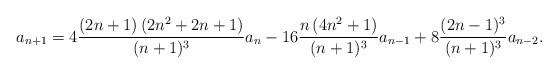
LaTeX: \begin{align*} a_{n+1} = 4 \frac{ (2 n+1) \left(2 n^2+2 n+1\right)}{(n+1)^3} a_n -16 \frac{n \left(4 n^2+1\right)}{(n+1)^3} a_{n-1}+8 \frac{(2 n-1)^3}{(n+1)^3} a_{n-2} . \end{align*}